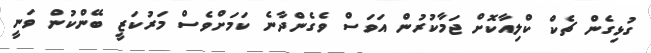
ގުޅިގެން ޗެކް ކްލިއާކޮށް ޖަމާކުރުން އަވަސް ވެގެންދާނެ ކަމަށްވެސް މަރުކަޒީ ބޭންކުން ވަނީ